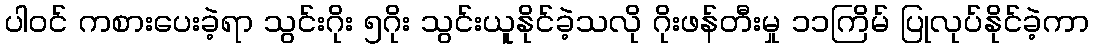
ပါဝင် ကစားပေးခဲ့ရာ သွင်းဂိုး ၅ဂိုး သွင်းယူနိုင်ခဲ့သလို ဂိုးဖန်တီးမှု ၁၁ကြိမ် ပြုလုပ်နိုင်ခဲ့ကာ